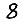
Digit: 8